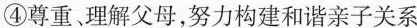
④尊重、理解父母,努力构建和谐亲子关系